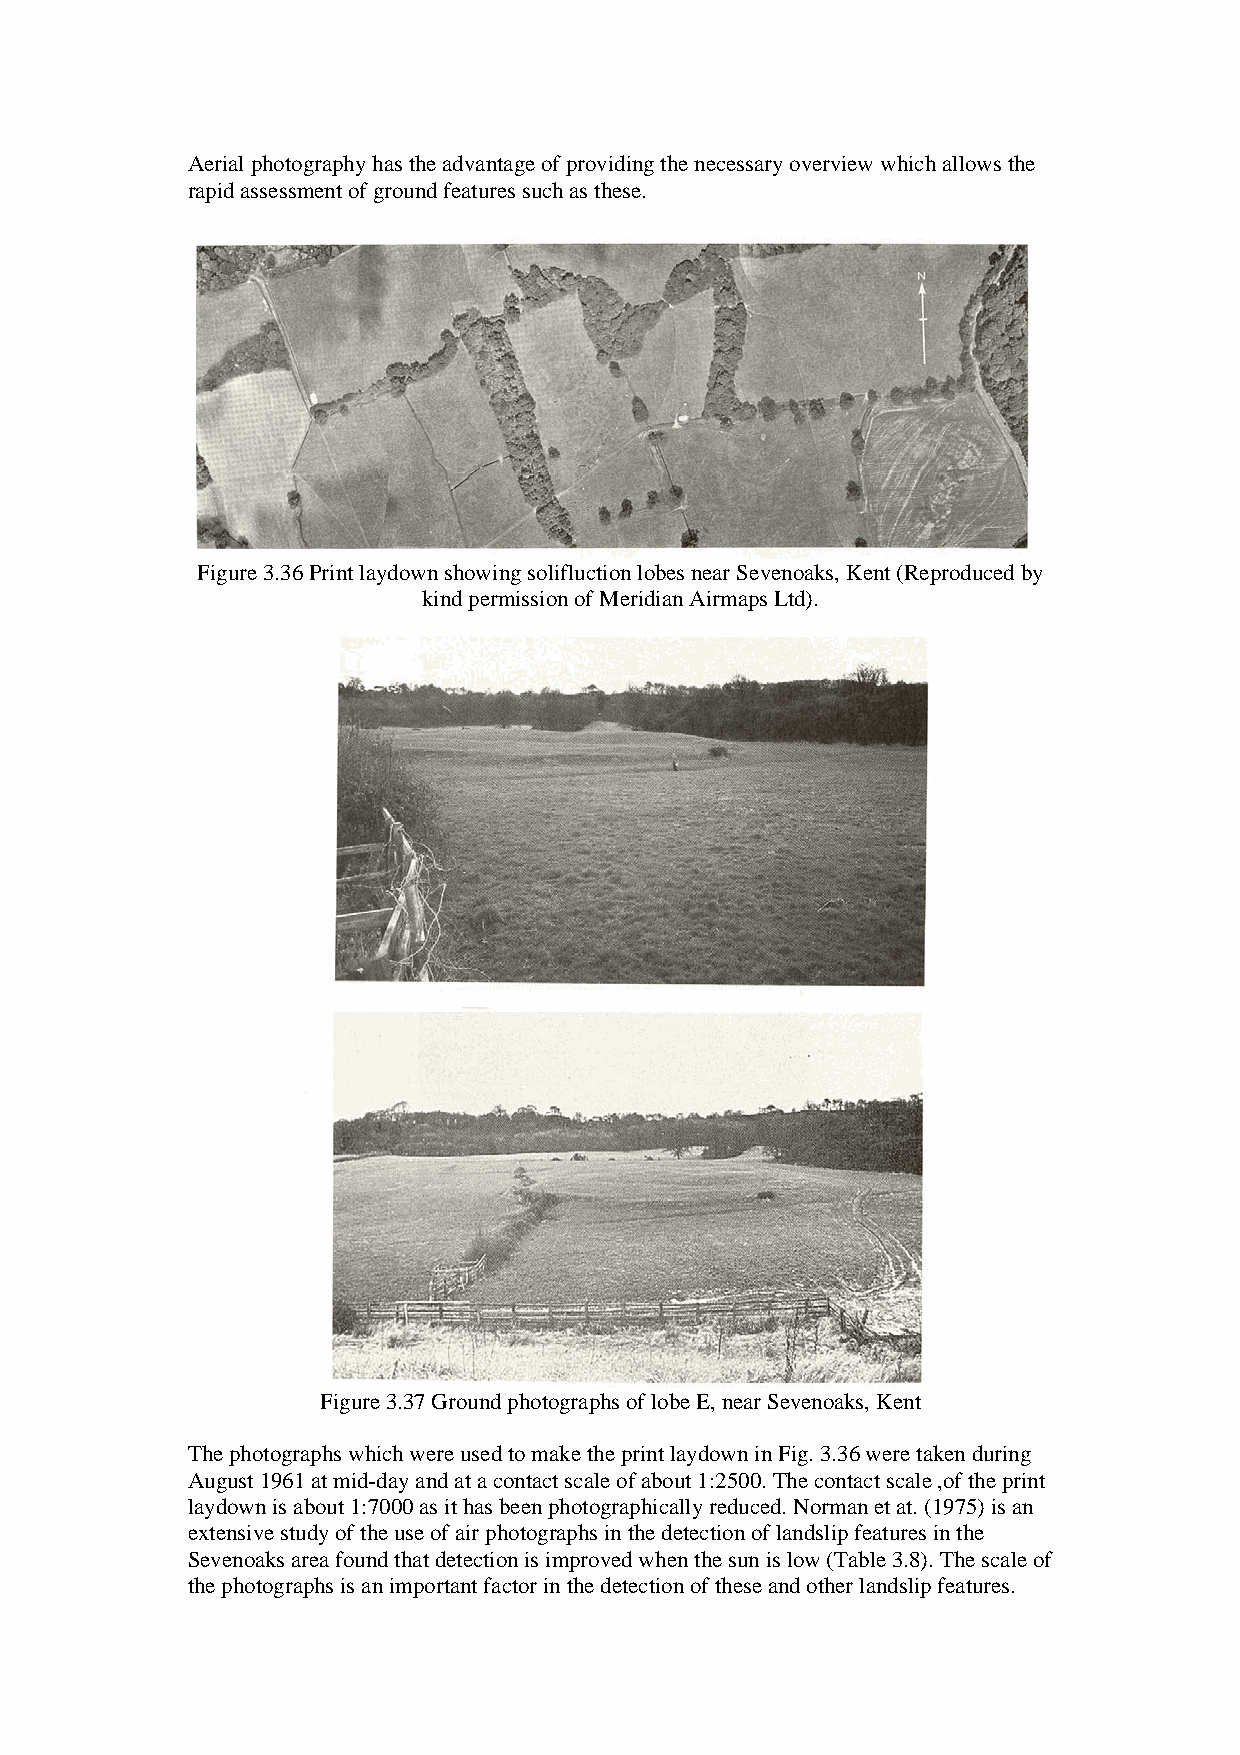
Aerial photography has the advantage of providing the necessary overview which allows the
 rapid assessment of ground features such as these.
 Figure 3.36 Print laydown showing solifluction lobes near Sevenoaks, Kent (Reproduced by
 kind permission of Meridian Airmaps Ltd).
 Figure 3.37 Ground photographs of lobe E, near Sevenoaks, Kent
 The photographs which were used to make the print laydown in Fig. 3.36 were taken during
 August 1961 at mid-day and at a contact scale of about 1:2500. The contact scale ,of the print
 laydown is about 1:7000 as it has been photographically reduced. Norman et at. (1975) is an
 extensive study of the use of air photographs in the detection of landslip features in the
 Sevenoaks area found that detection is improved when the sun is low (Table 3.8). The scale of
 the photographs is an important factor in the detection of these and other landslip features.